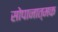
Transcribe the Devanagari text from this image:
सोपानात्मक